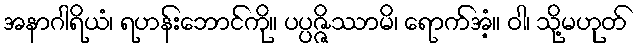
အနာဂါရိယံ၊ ရဟန်းဘောင်ကို။ ပပ္ပဇ္ဇိဿာမိ၊ ရောက်အံ့။ ဝါ၊ သို့မဟုတ်